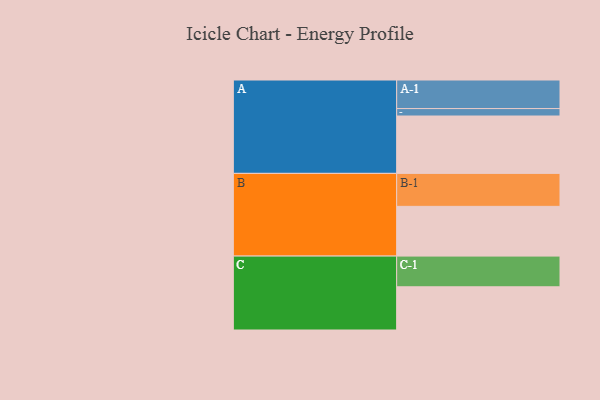
{"axis": {"x": "Segment", "y": "Value"}, "legend": ["", "A", "B", "C"], "data": [{"x": "A", "y": 510, "type": ""}, {"x": "B", "y": 442, "type": ""}, {"x": "C", "y": 384, "type": ""}, {"x": "A-1", "y": 254, "type": "A"}, {"x": "A-2", "y": 66, "type": "A"}, {"x": "B-1", "y": 293, "type": "B"}, {"x": "C-1", "y": 273, "type": "C"}]}